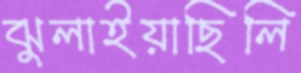
ঝুলাইয়াছিলি